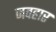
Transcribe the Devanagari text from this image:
जवहार